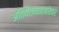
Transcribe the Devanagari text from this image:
अतिवीजवाहकतेवर